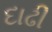
દાઢી